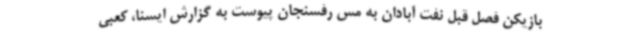
بازیکن فصل قبل نفت آبادان به مس رفسنجان پیوست به گزارش ایسنا، کعبی